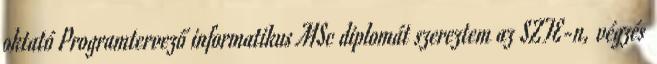
oktató Programtervező informatikus MSc diplomát szereztem az SZTE-n, végzés